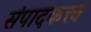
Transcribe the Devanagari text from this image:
संपादकत्त्व